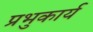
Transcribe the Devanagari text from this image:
प्रभुकार्य